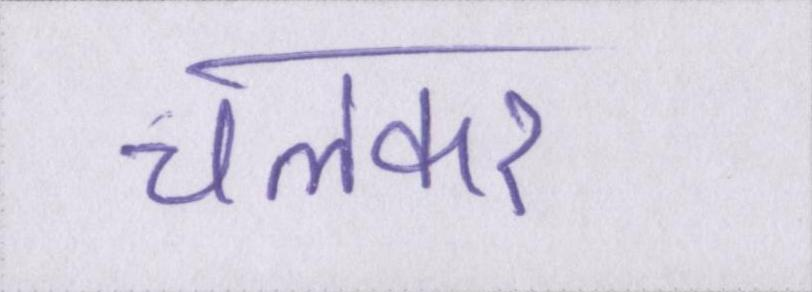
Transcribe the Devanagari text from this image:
चलकर